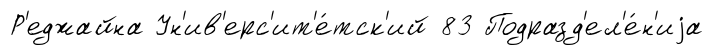
Р'еджайна Ун'ив'ерс'ит'е́тск'ий 83 Подразд'ел'е́н'иjа